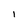
Character: I